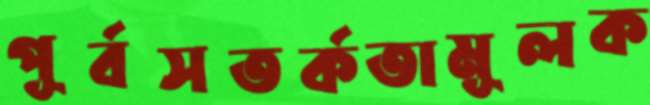
পূর্বসতর্কতামূলক